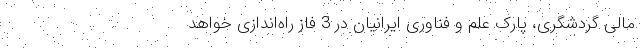
مالی گردشگری، پارک علم و فناوری ایرانیان در 3 فاز راه‌اندازی خواهد